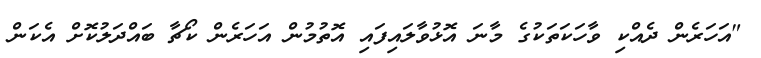
"އަހަރެން ދެއްކި ވާހަކަތަކުގެ މާނަ އޮޅުވާލައިފައި އޮތުމުން އަހަރެން ކޯޗާ ބައްދަލުކޮށް އެކަން